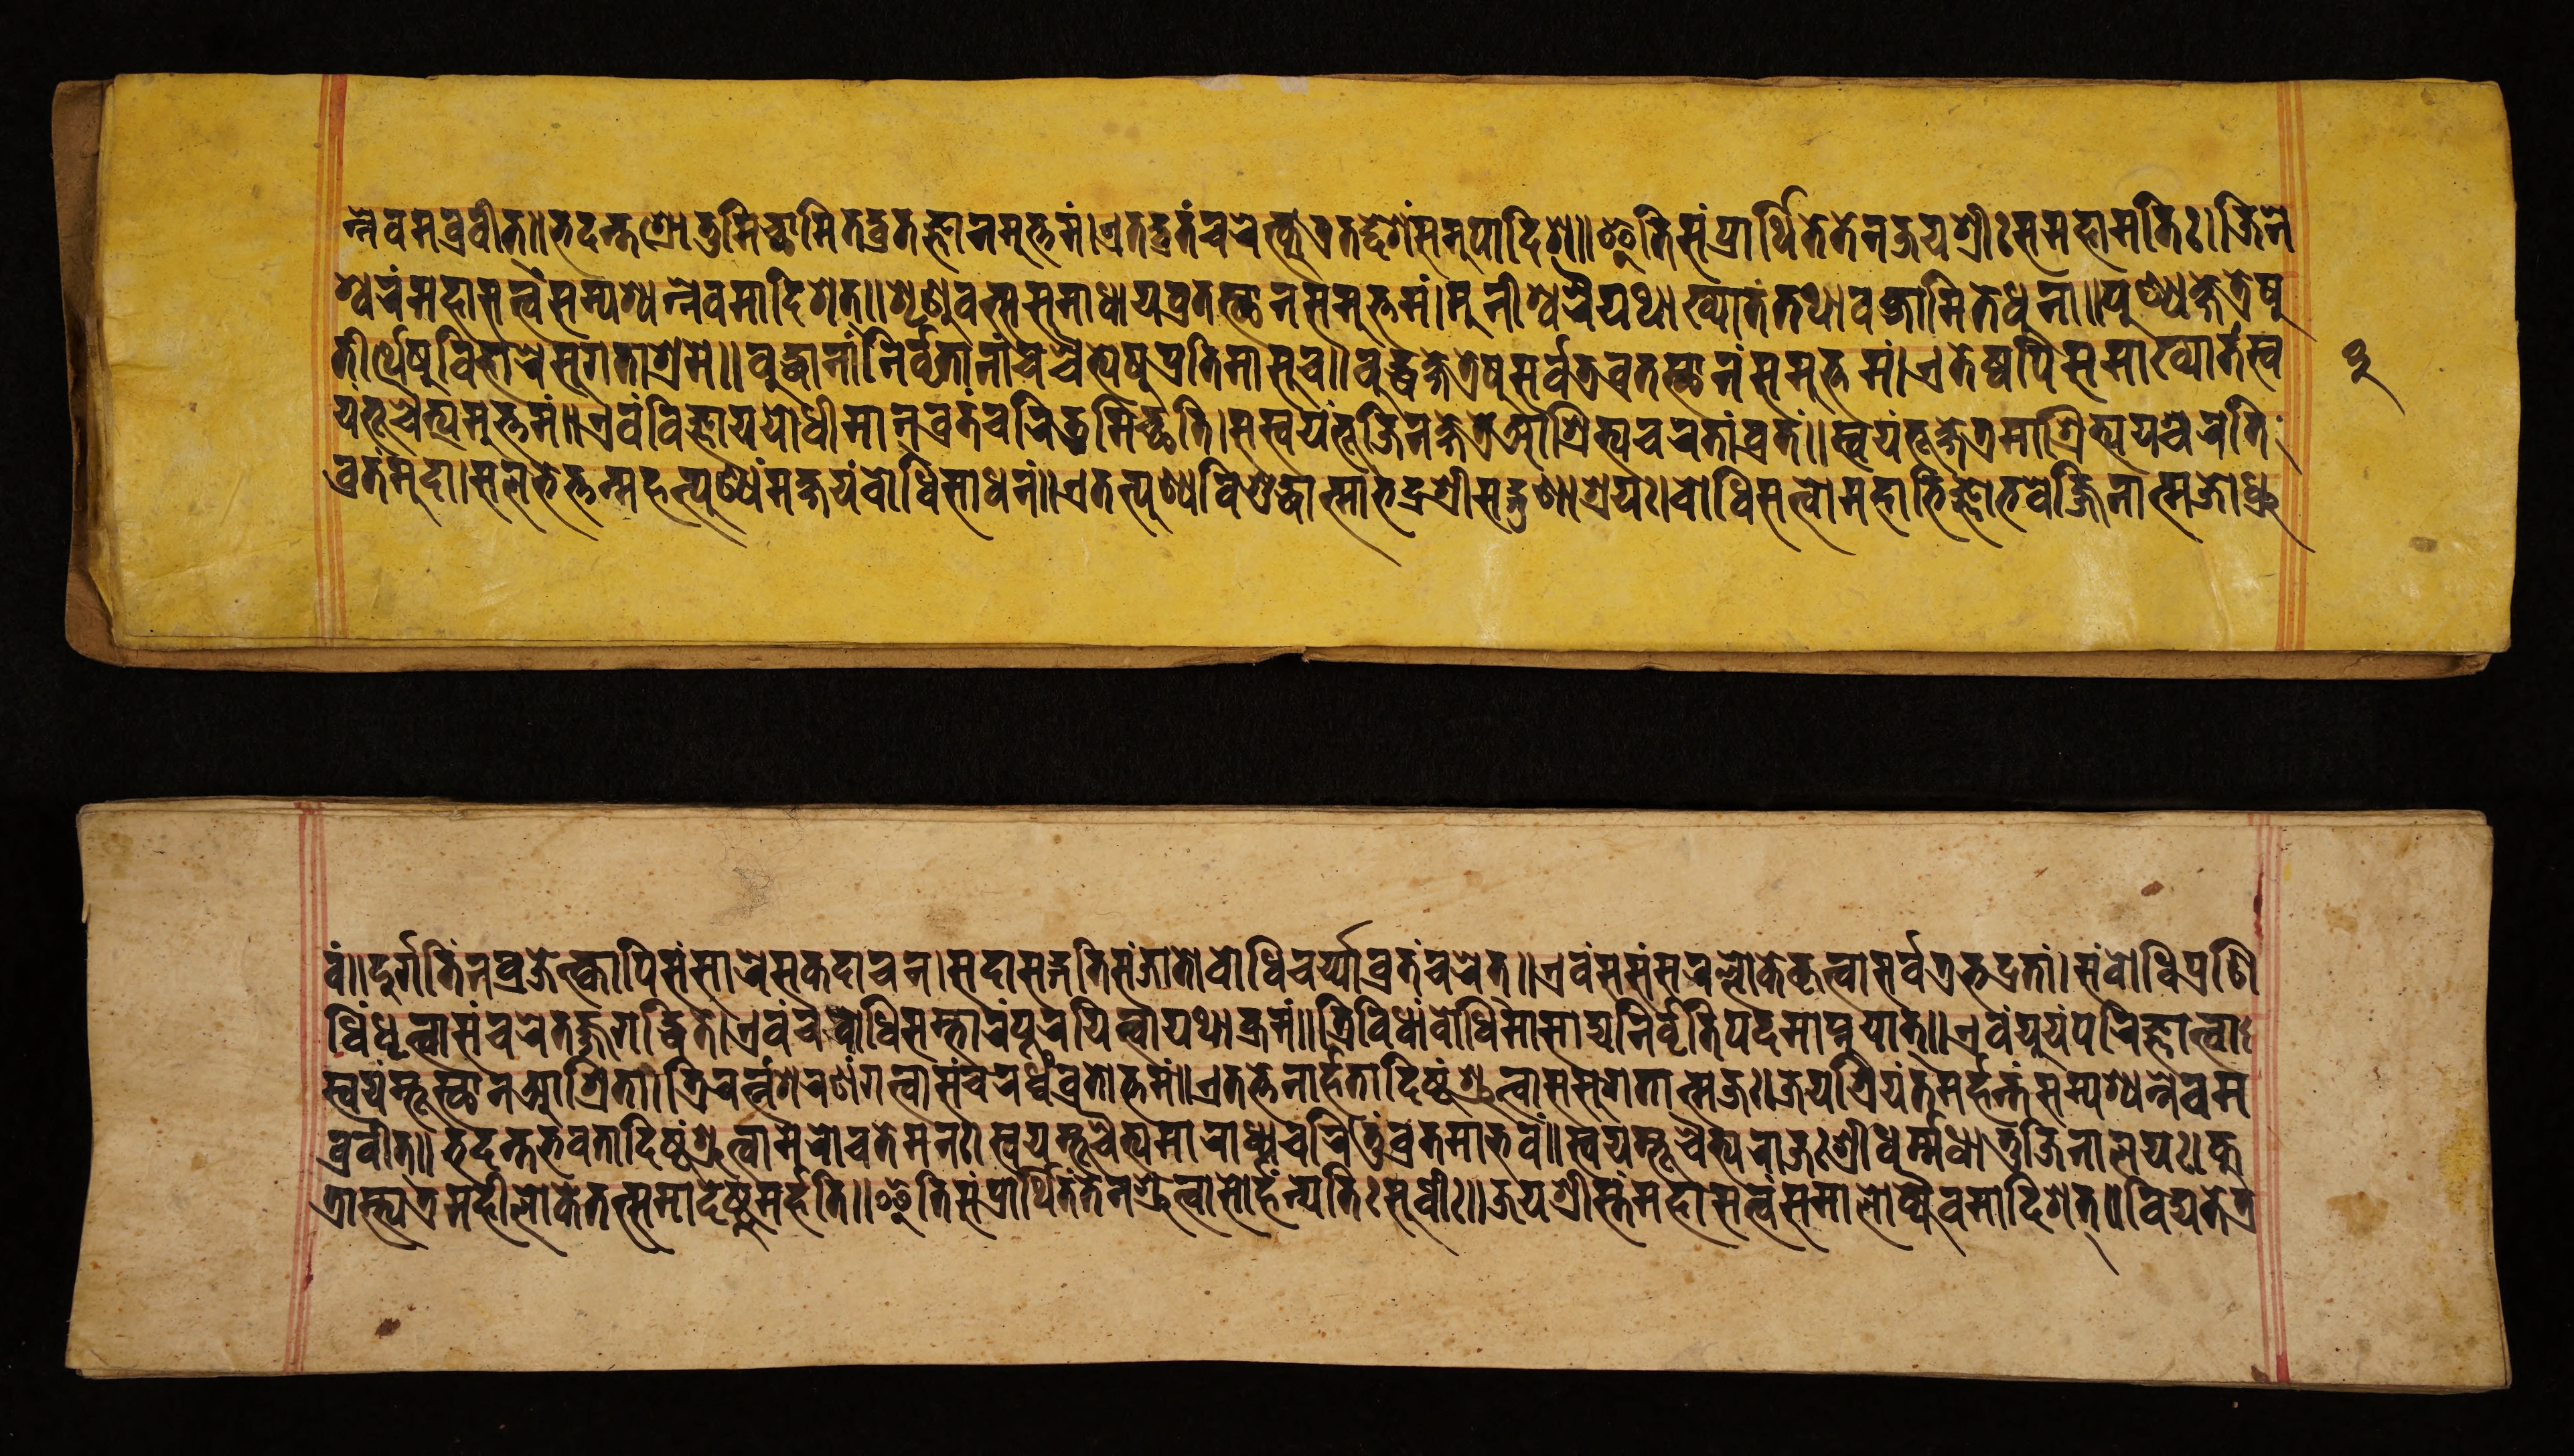
𑐣𑑂𑐣𑐾𑐰𑐩𑐧𑑂𑐬𑐰𑐷𑐟𑑂॥𑐨𑐡𑐣𑑂𑐟𑐱𑑂𑐬𑑀𑐟𑐸𑐩𑐶𑐔𑑂𑐕𑐵𑐩𑐶𑐟𑐡𑑂𑐰𑑂𑐬𑐟𑐖𑑂𑐘𑐵𑐣𑐩𑐸𑐟𑑂𑐟𑐩𑑄।𑐊𑐟𑐡𑑂𑐰𑑂𑐬𑐟𑑄𑐔𑐬𑐾𑐟𑑂𑐎𑐸𑐟𑑂𑐬𑐟𑐡𑑂𑐡𑐾𑐱𑑄𑐳𑐩𑐸𑐥𑐵𑐡𑐶𑐱॥𑐂𑐟𑐶𑐳𑑄𑐥𑑂𑐬𑐵𑐬𑑂𑐠𑐶𑐟𑐾𑐟𑐾𑐣𑐖𑐫𑐱𑑂𑐬𑐷𑑅𑐳𑐩𑐴𑐵𑐩𑐟𑐶𑑅।𑐖𑐶𑐣𑐾 𑐱𑑂𑐰𑐬𑑄𑐩𑐴𑐵𑐳𑐟𑑂𑐰𑑄𑐳𑐩𑑂𑐥𑐱𑑂𑐫𑐣𑑂𑐣𑐾𑐰𑐩𑐵𑐡𑐶𑐱𑐟𑑂॥𑐱𑐺𑐞𑐸𑐰𑐟𑑂𑐳𑐳𑐩𑐵𑐢𑐵𑐫𑐰𑑂𑐬𑐟𑐳𑑂𑐠𑐵𑐣𑐳𑐩𑐸𑐟𑑂𑐟𑐩𑑄।𑐩𑐸𑐣𑐷𑐱𑑂𑐰𑐬𑐿𑐫𑐠𑐵𑐏𑑂𑐫𑐵𑐟𑑄𑐟𑐠𑐵𑐰𑐎𑑂𑐲𑐵𑐩𑐶𑐟𑐾𑐢𑐸𑐣𑐵॥𑐥𑐸𑐞𑑂𑐫𑐎𑑂𑐲𑐾𑐟𑑂𑐬𑐾𑐲𑐸 𑐟𑐷𑐬𑑂𑐠𑐾𑐲𑐸𑐰𑐶𑐴𑐵𑐬𑐾𑐳𑐸𑐐𑐟𑐵𑐱𑑂𑐬𑐩𑐾॥𑐧𑐸𑐡𑑂𑐢𑐵𑐣𑐵𑑄𑐣𑐶𑐬𑑂𑐰𑐺𑐟𑐵𑐣𑐵𑑄𑐔𑐔𑐿𑐟𑑂𑐫𑐾𑐲𑐸𑐥𑑂𑐬𑐟𑐶𑐩𑐵𑐳𑐸𑐔॥𑐧𑐸𑐡𑑂𑐢𑐎𑑂𑐲𑐾𑐟𑑂𑐬𑐾𑐲𑐸𑐳𑐬𑑂𑐰𑐟𑑂𑐬𑐰𑑂𑐬𑐟𑐳𑑂𑐠𑐵𑐣𑑄𑐳𑐩𑐸𑐟𑑂𑐟𑐩𑑄।𑐊𑐟𑐾𑐲𑑂𑐰𑐥𑐶𑐳𑐩𑐵𑐏𑑂𑐫𑐵𑐟𑑄𑐳𑑂𑐰 𑐫𑑄𑐨𑐹𑐔𑐿𑐟𑑂𑐫𑐩𑐸𑐟𑑂𑐟𑐩𑑄॥𑐊𑐰𑑄𑐰𑐶𑐖𑑂𑐘𑐵𑐫𑐫𑑀𑐢𑐷𑐩𑐵𑐣𑑂𑐰𑑂𑐬𑐟𑑄𑐔𑐬𑐶𑐟𑐸𑐩𑐶𑐔𑑂𑐕𑐟𑐶।𑐳𑐳𑑂𑐰𑐫𑑄𑐨𑐹𑐖𑐶𑐣𑐎𑑂𑐲𑐾𑐟𑑂𑐬𑐾𑐁𑐱𑑂𑐬𑐶𑐟𑑂𑐫𑐔𑐬𑐟𑐵𑑄𑐰𑑂𑐬𑐟𑑄॥𑐳𑑂𑐰𑐫𑑄𑐨𑐹𑐎𑑂𑐲𑐾𑐟𑑂𑐬𑐩𑐵𑐱𑑂𑐬𑐶𑐟𑑂𑐫𑐫𑐱𑑂𑐔𑐬𑐟𑐶 𑐰𑑂𑐬𑐟𑑄𑐩𑐸𑐡𑐵।𑐳𑐮𑐨𑐾𑐟𑑂𑐟𑐣𑑂𑐩𑐴𑐟𑑂𑐥𑐸𑐞𑑂𑐫𑑄𑐩𑐎𑑂𑐲𑐫𑑄𑐧𑑀𑐢𑐶𑐳𑐵𑐢𑐣𑑄॥𑐊𑐟𑐟𑑂𑐥𑐸𑐞𑑂𑐫𑐰𑐶𑐱𑐸𑐡𑑂𑐢𑐵𑐟𑑂𑐩𑐵𑐨𑐡𑑂𑐬𑐱𑑂𑐬𑐷𑐳𑐡𑑂𑐐𑐸𑐞𑐵𑐱𑑂𑐬𑐫𑑅।𑐧𑑀𑐢𑐶𑐳𑐟𑑂𑐰𑑀𑐩𑐴𑐵𑐨𑐶𑐖𑑂𑐘𑑀𑐨𑐰𑐾𑐖𑑂𑐖𑐶𑐣𑐵𑐟𑑂𑐩𑐖𑑀𑐢𑑂𑐬𑐸 𑐰𑑄॥𑐡𑐸𑐬𑑂𑐐𑐟𑐶𑑄𑐣𑐰𑑂𑐬𑐖𑐾𑐟𑑂𑐎𑑂𑐰𑐵𑐥𑐶𑐳𑑄𑐳𑐵𑐬𑐾𑐳𑐎𑐡𑐵𑐔𑐣।𑐳𑐡𑐵𑐳𑐡𑑂𑐐𑐟𑐶𑐳𑑄𑐖𑐵𑐟𑑀𑐧𑑀𑐢𑐶𑐔𑐬𑑂𑐫𑑂𑐫𑐵𑐰𑑂𑐬𑐟𑑄𑐔𑐬𑐾𑐟𑑂॥𑐊𑐰𑑄𑐳𑐳𑑄𑐳𑐬𑐮𑑂𑐮𑑀𑐎𑐾𑐎𑐺𑐟𑑂𑐰𑐵𑐳𑐬𑑂𑐰𑐟𑑂𑐬𑐨𑐡𑑂𑐬𑐟𑐵𑑄।𑐳𑑄𑐧𑑀𑐢𑐶𑐥𑑂𑐬𑐞𑐶 𑐢𑐶𑑄𑐢𑐺𑐟𑑂𑐰𑐵𑐳𑑄𑐔𑐬𑐾𑐟𑐖𑑂𑐖𑐐𑐡𑑂𑐢𑐶𑐟𑐾।𑐊𑐰𑑄𑐔𑐧𑑀𑐢𑐶𑐳𑑄𑐨𑐵𑐬𑑄𑐥𑐹𑐬𑐫𑐶𑐟𑑂𑐰𑐵𑐫𑐠𑐵𑐎𑑂𑐬𑐩𑑄॥𑐟𑑂𑐬𑐶𑐰𑐶𑐢𑐵𑑄𑐧𑑀𑐢𑐶𑐩𑐵𑐳𑐵𑐡𑑂𑐫𑐣𑐶𑐬𑑂𑐰𑐺𑐟𑐶𑐥𑐡𑐩𑐵𑐥𑑂𑐣𑐸𑐫𑐵𑐟𑑂॥𑐊𑐰𑑄𑐫𑐹𑐫𑑄𑐥𑐬𑐶𑐖𑑂𑐘𑐵𑐟𑑂𑐰𑐵 𑐳𑑂𑐰𑐫𑑄𑐩𑑂𑐨𑐹𑐳𑑂𑐠𑐵𑐣𑐁𑐱𑑂𑐬𑐶𑐟𑐵।𑐟𑑂𑐬𑐶𑐬𑐟𑑂𑐣𑑄𑐱𑐬𑐞𑑄𑐐𑐟𑑂𑐰𑐵𑐳𑑄𑐔𑐬𑐢𑑂𑐰𑑄𑐰𑑂𑐬𑐟𑑀𑐟𑑂𑐟𑐩𑑄॥𑐊𑐟𑐟𑑂𑐟𑐾𑐣𑐵𑐬𑑂𑐴𑐟𑐵𑐡𑐶𑐲𑑂𑐚𑑄𑐱𑑂𑐬𑐸𑐟𑑂𑐰𑐵𑐳𑐳𑐸𑐐𑐟𑐵𑐟𑑂𑐩𑐖𑑅।𑐖𑐫𑐱𑑂𑐬𑐶𑐫𑑄𑐟𑐩𑐬𑑂𑐴𑐣𑑂𑐟𑑄𑐳𑐩𑑂𑐥𑐱𑑂𑐫𑐣𑑂𑐣𑐾𑐰𑐩 𑐧𑑂𑐬𑐰𑐷𑐟𑑂॥𑐨𑐡𑐣𑑂𑐟𑐨𑐰𑐟𑐵𑐡𑐶𑐲𑑂𑐚𑑄𑐱𑑂𑐬𑐸𑐟𑑂𑐰𑐵𑐩𑐾𑐬𑑀𑐔𑐟𑐾𑐩𑐣𑑅।𑐳𑑂𑐰𑐫𑐩𑑂𑐨𑐹𑐔𑐿𑐟𑑂𑐫𑐩𑐵𑐬𑐵𑐢𑑂𑐫𑐔𑐬𑐶𑐟𑐸𑑄𑐰𑑂𑐬𑐟𑐩𑐵𑐨𑐰𑑄॥𑐳𑑂𑐰𑐫𑐩𑑂𑐨𑐹𑐔𑐿𑐟𑑂𑐫𑐬𑐵𑐖𑑅𑐱𑑂𑐬𑐷𑐢𑐬𑑂𑐩𑑂𑐩𑐢𑐵𑐟𑐸𑐖𑐶𑐣𑐵𑐮𑐫𑑅।𑐎𑐸 𑐟𑑂𑐬𑐵𑐳𑑂𑐟𑑂𑐫𑐟𑑂𑐬𑐩𑐴𑐷𑐮𑑀𑐎𑐾𑐟𑐟𑑂𑐳𑐩𑐵𑐡𑐾𑐲𑑂𑐚𑐸𑐩𑐬𑑂𑐴𑐟𑐶॥𑐂𑐟𑐶𑐳𑑄𑐥𑑂𑐬𑐵𑐬𑑂𑐠𑐶𑐟𑑄𑐟𑐾𑐣𑐱𑑂𑐬𑐸𑐟𑑂𑐰𑐵𑐳𑑀𑐬𑑂𑐴𑑄𑐣𑑂𑐫𑐟𑐶𑑅𑐳𑐸𑐢𑐷𑑅॥𑐖𑐫𑐱𑑂𑐬𑐷𑐳𑑂𑐟𑑄𑐩𑐴𑐵𑐳𑐟𑑂𑐰𑑄𑐳𑐩𑐵𑐮𑑀𑐎𑑂𑐫𑐿𑐰𑐩𑐵𑐡𑐶𑐱𑐟𑑂॥𑐰𑐶𑐡𑑂𑐫𑐟𑐾𑐟𑑂𑐬 𑑓